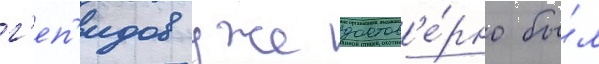
г'еп'идов уже достов'е́рно бы́л